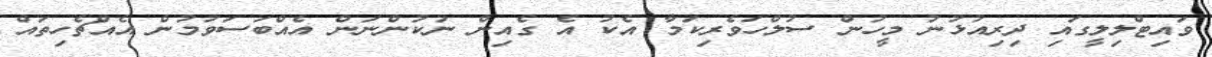
ވައިޓްލިލީގައި ދިރިއުޅުނު މީހުން ސުލްހަވެރިކަމާ އެކު އެ ގެއިން ނުކުންނަން އެއްބަސަވުމުން އެއްޗެހިތައް